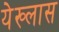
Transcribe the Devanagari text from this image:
येख्लास